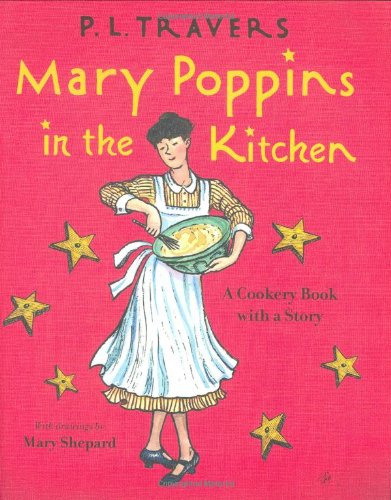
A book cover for Mary Poppins in the Kitchen: A Cookery Book with a Story; Dr. P. L. Travers; Children's Books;